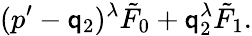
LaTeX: (p^{\prime}-\mathsf{q}_{2})^{\lambda}\tilde{{F}}_{0}+\mathsf{q}_{2}^{\lambda}\tilde{{F}}_{1}.